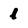
Character: l